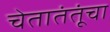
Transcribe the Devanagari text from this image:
चेतातंतूंचा